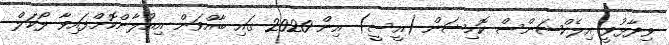
ވިދާޅުވީ އިލެކްޝަންސް ކޮމިޝަން (އީސީ) އިން 2020 ގައި ބާއްވަން އިއުލާންކޮށްފައިވާ ލޯކަލް